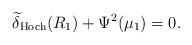
LaTeX: \begin{align*}\widetilde{\delta}_\mathrm{Hoch} (R_1) + \Psi^2 (\mu_1) = 0.\end{align*}